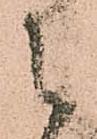
者